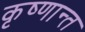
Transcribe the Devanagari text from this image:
कृष्णान्त